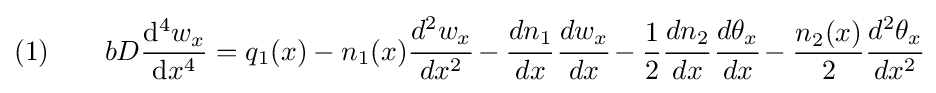
{\text{(1)}}\qquad bD{\frac {\mathrm {d} ^{4}w_{x}}{\mathrm {d} x^{4}}}=q_{1}(x)-n_{1}(x){\cfrac {d^{2}w_{x}}{dx^{2}}}-{\cfrac {dn_{1}}{dx}}\,{\cfrac {dw_{x}}{dx}}-{\frac {1}{2}}{\cfrac {dn_{2}}{dx}}\,{\cfrac {d\theta _{x}}{dx}}-{\frac {n_{2}(x)}{2}}{\cfrac {d^{2}\theta _{x}}{dx^{2}}}